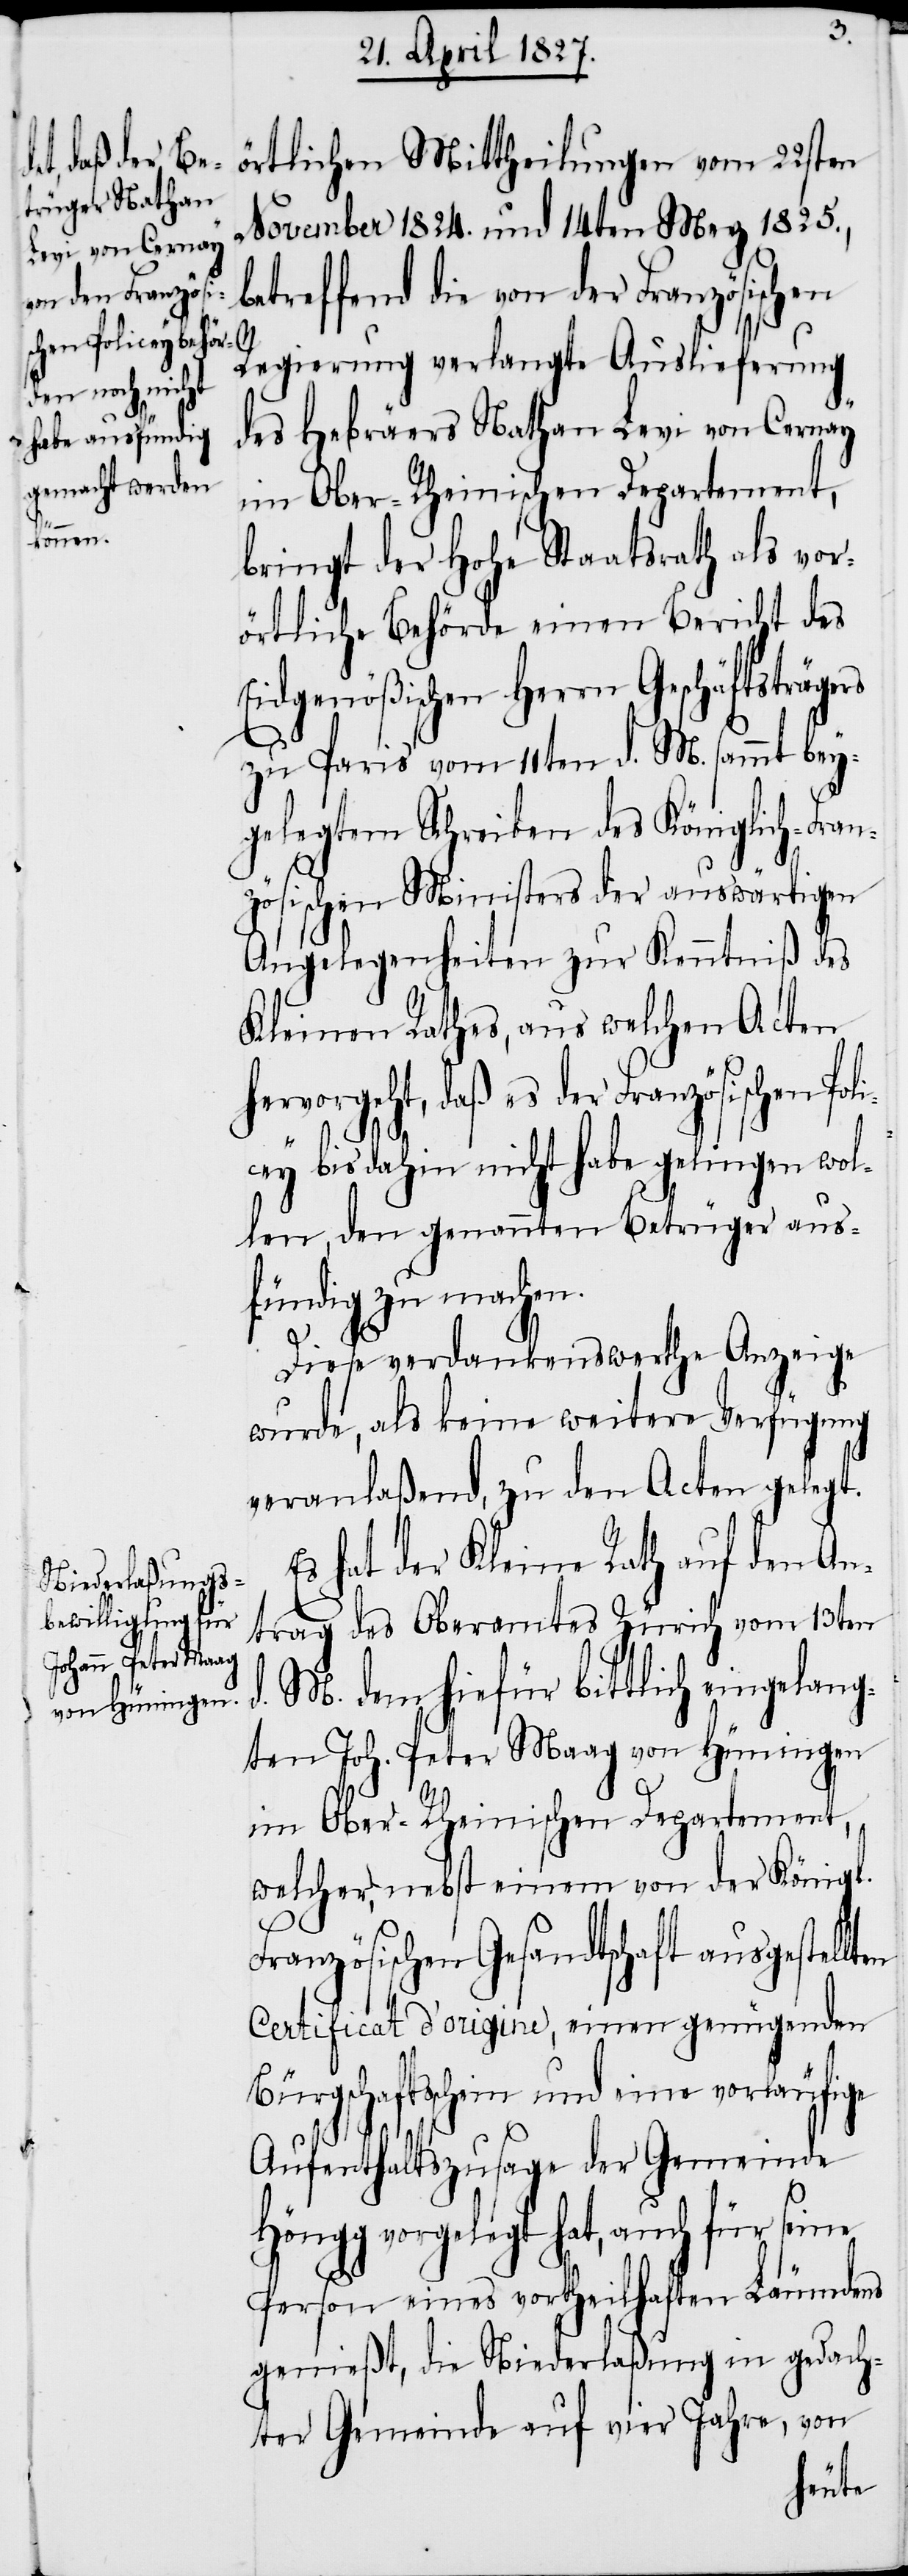
örtlichen Mittheilungen vom 22sten
November 1824. und 14ten Merz 1825.,
betreffend die von der Französischen
Regierung verlangte Auslieferung
rs
des Hebräers Nathan Levi von Cornay
bringt der Hohe Staatsrath als vor¬
örtliche Behörde einen Bericht des
Eidgenößischen Herrn Geschäftsträge¬
zu Paris vom 11ten d. M. sammt bey¬
gelegtem Schreiben des Königlich-Franz¬
ösischen Ministers der auswärtigen
Angelegenheiten zur Kenntniß des
Kleinen Rathes, aus welchen Acten
hervorgeht, daß es der Französischen Po¬
li¬
cey bis dahin nicht habe gelingen wol¬
len, den genannten Betrüger aus¬
fündig zu machen.
en
Diese verdankenswerthe Anzeige
wurde, als keine weitere Verfügung
veranlaßend, zu den Acten gelegt.
Es hat der Kleine Rath auf den An¬
trag des Oberamtes Zürich vom 13ten
d. M. dem hiefür bittlich eingelang¬
ten Joh. Peter Maag von Hüningen
im Ober-Rheinischen Departement,
welcher nebst einem von der Königl.
Französischen Gesandtschaft ausgestellt¬
Certificat d’origine, einen genügenden
Bürgschaftsschein und eine vorläufige
Aufenthaltszusage der Gemeinde
vorgelegt hat, auch für seine
Person eines vortheilhaften Läumdens
genießt, die Niederlaßung in gedach¬
ter Gemeinde auf vier Jahre, von